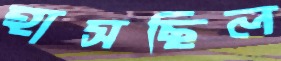
হাসছিল